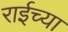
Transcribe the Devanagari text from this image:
राईच्या